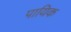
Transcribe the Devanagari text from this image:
पायिक